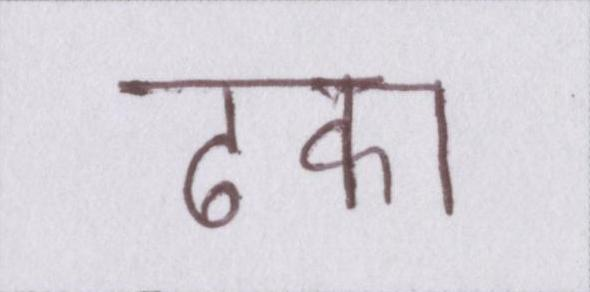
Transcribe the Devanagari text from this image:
ढका